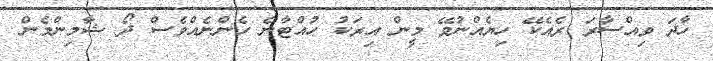
ހާދަ ވިއްސާރަ ރެއެކޭ ހިޔެއްނުވޭ މީން އިރަކު ހުއްޓާނެ ހެންނެއްވެސް ދޯ ޝާމިންމެން